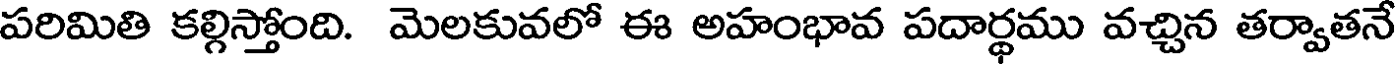
పరిమితి కల్గిస్తోంది. మెలకువలో ఈ అహంభావ పదార్థము వచ్చిన తర్వాతనే